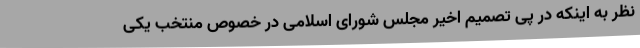
نظر به اینکه در پی تصمیم اخیر مجلس شورای اسلامی در خصوص منتخب یکی